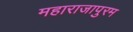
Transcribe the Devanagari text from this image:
महाराजापुरम